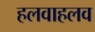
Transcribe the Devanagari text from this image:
हलवाहलव